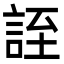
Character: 誈